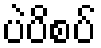
ပဲပိစပ်